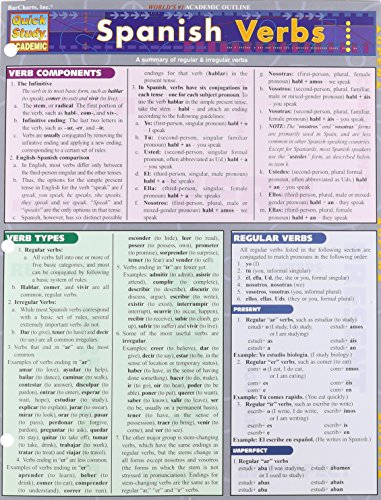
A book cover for Spanish Verbs (Quickstudy: Academic); Inc. BarCharts; Humor & Entertainment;